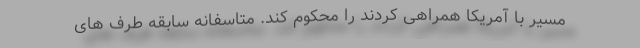
مسیر با آمریکا همراهی کردند را محکوم کند. متاسفانه سابقه طرف های